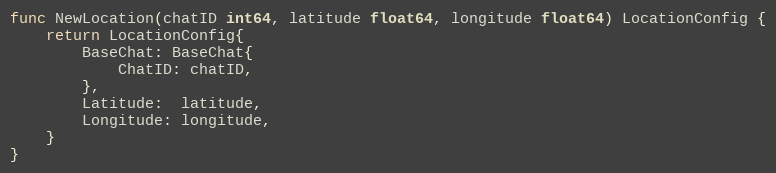
Language: Go
func NewLocation(chatID int64, latitude float64, longitude float64) LocationConfig {
	return LocationConfig{
		BaseChat: BaseChat{
			ChatID: chatID,
		},
		Latitude:  latitude,
		Longitude: longitude,
	}
}